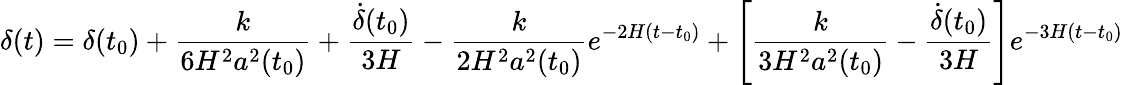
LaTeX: \delta(t)=\delta(t_{0})+\frac{k}{6H^{2}a^{2}(t_{0})}+\frac{\dot{\delta}(t_{0})}{3H}-\frac{k}{2H^{2}a^{2}(t_{0})}e^{-2H(t-t_{0})}+\left[\frac{k}{3H^{2}a^{2}(t_{0})}-\frac{\dot{\delta}(t_{0})}{3H}\right]e^{-3H(t-t_{0})}